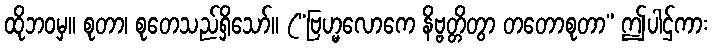
ထိုဘဝမှ။ စုတာ၊ စုတေသည်ရှိသော်။ (“ဗြဟ္မလောကေ နိဗ္ဗတ္တိတွာ တတောစုတာ” ဤပါဌ်ကား